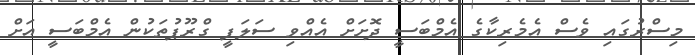
މިސްރުގައި ވެސް އެމެރިކާގެ އެމްބަސީ ދޮށަށް އެއްވި ސަލަފީ ގްރޫޕުތަކުން އެމްބަސީ އަށް